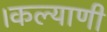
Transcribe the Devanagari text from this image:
।कल्याणी